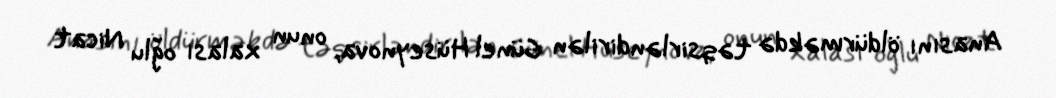
Anasını öldürməkdə təqsirləndirilən Günel Hüseynova, onun xalası oğlu Nicat